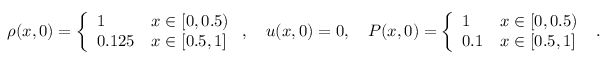
\begin{array} { r } { \rho ( x , 0 ) = \left\{ \begin{array} { l l } { 1 } & { x \in [ 0 , 0 . 5 ) } \\ { 0 . 1 2 5 } & { x \in [ 0 . 5 , 1 ] } \end{array} \right. , \quad u ( x , 0 ) = 0 , \quad P ( x , 0 ) = \left\{ \begin{array} { l l } { 1 } & { x \in [ 0 , 0 . 5 ) } \\ { 0 . 1 } & { x \in [ 0 . 5 , 1 ] } \end{array} \right. \mathrm { ~ . } } \end{array}